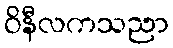
ဝိနီလကသညာ